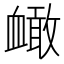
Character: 𧗐